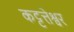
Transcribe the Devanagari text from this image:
कट्टत्तेश्वर